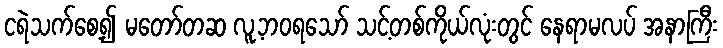
ငရဲသက်စေ့၍ မတော်တဆ လူ့ဘဝရသော် သင့်တစ်ကိုယ်လုံးတွင် နေရာမလပ် အနာကြီး